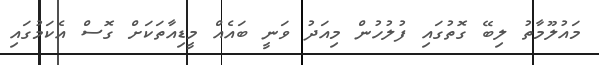
މައުލޫމާތު ލިބޭ ގޮތުގައި ފުލުހުން މިއަދު ވަނީ ބައެއް މީޑިއާތަކަށް ގޮސް އެކަމުގައި